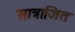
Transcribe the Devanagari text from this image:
सात्राजित